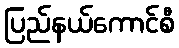
ပြည်နယ်ကောင်စီ